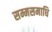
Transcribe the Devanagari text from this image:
सम्मसमाधि